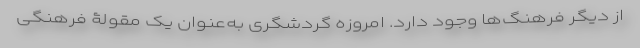
از دیگر فرهنگ‌ها وجود دارد. امروزه گردشگری به‌عنوانِ یک مقولۀ فرهنگی